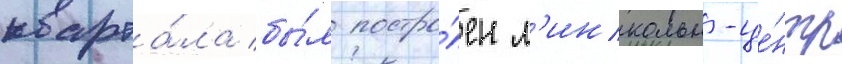
кварта́ла бы́л постро́ен л'инкольн-це́нтр